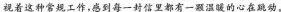
视着这种常规工作，感到每一封信里都有一颗温暖的心在跳动。